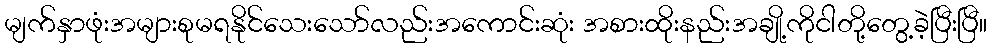
မျက်နှာဖုံးအများစုမရနိုင်သေးသော်လည်းအကောင်းဆုံး အစားထိုးနည်းအချို့ကိုငါတို့တွေ့ခဲ့ပြီးပြီ။